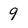
Character: 9